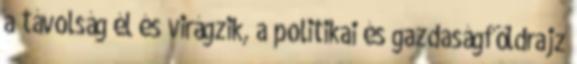
a távolság él és virágzik, a politikai és gazdaságföldrajz